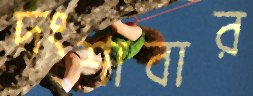
দংশাবার